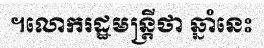
។លោករដ្ឋមន្ត្រីថា ឆ្នាំនេះ